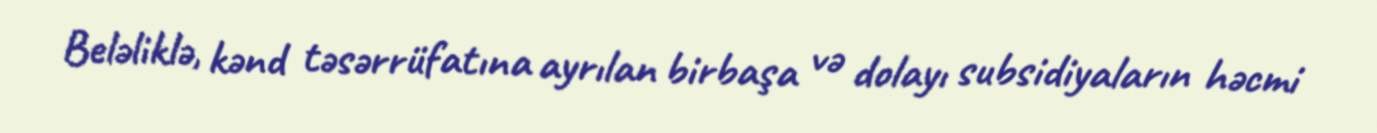
Beləliklə, kənd təsərrüfatına ayrılan birbaşa və dolayı subsidiyaların həcmi